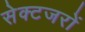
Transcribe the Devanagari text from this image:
सेक्टजरों